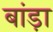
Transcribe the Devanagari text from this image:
बांड़ा